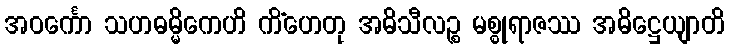
အဝင်္ကော သဟဓမ္မိကေဟိ ကိံဟေတု အဓိသီလဉ္စ မစ္စုရာဇဿ အဓိဋ္ဌေယျာတိ